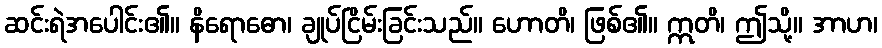
ဆင်းရဲအပေါင်း၏။ နိရောဓော၊ ချုပ်ငြိမ်းခြင်းသည်။ ဟောတိ၊ ဖြစ်၏။ ဣတိ၊ ဤသို့။ အာဟ၊